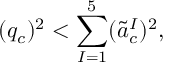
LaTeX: ( q _ { c } ) ^ { 2 } < \sum _ { I = 1 } ^ { 5 } ( \tilde { a } _ { c } ^ { I } ) ^ { 2 } ,